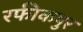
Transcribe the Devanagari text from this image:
रफीकपुर